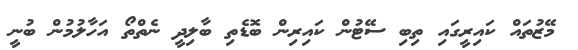
މޭޒުތައް ކައިރީގައި ތިބި ސޭޓުން ކައިރިން ބޮޑެތި ބާލިދީ ނެތްތޯ އަހާލުމުން ބުނީ